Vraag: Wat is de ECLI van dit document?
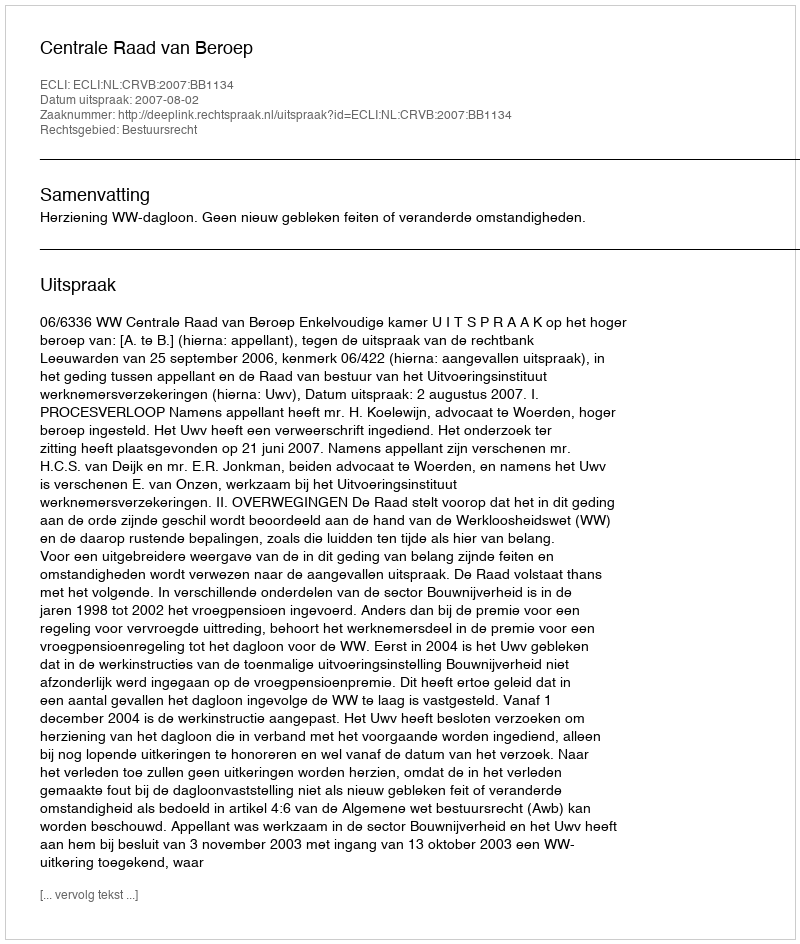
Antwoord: ECLI:NL:CRVB:2007:BB1134